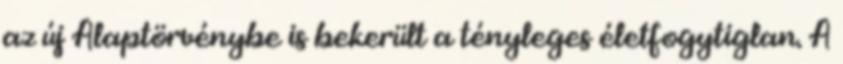
az új Alaptörvénybe is bekerült a tényleges életfogytiglan. A